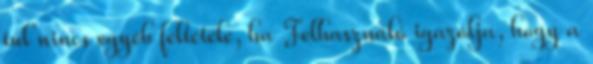
túl nincs egyéb feltétele, ha Felhasználó igazolja, hogy a